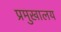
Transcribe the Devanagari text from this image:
प्रमुखालय